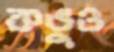
কভুও